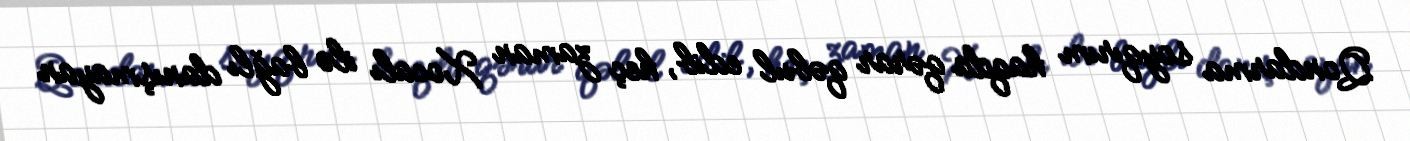
Qondarma soyqırım haqda qərar qəbul edib, heç zaman Xocalı ilə bağlı danışmayan